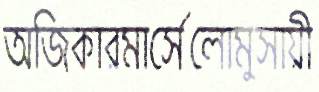
অজিকারমার্সেলোমুসায়ী